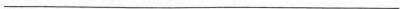
___